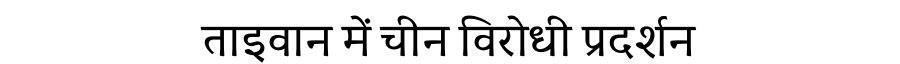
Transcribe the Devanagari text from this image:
ताइवान में चीन विरोधी प्रदर्शन